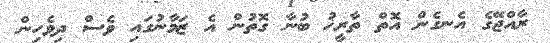
ރާއްޖޭގެ އެނގެން އޮތް ތާރީޚު ބުނާ ގޮތުން އެ ޒަމާނުގައި ވެސް ދިވެހިން